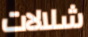
شلالات